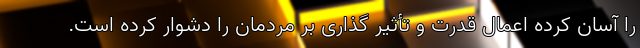
را آسان کرده اعمال قدرت و تأثیر گذاری بر مردمان را دشوار کرده است.